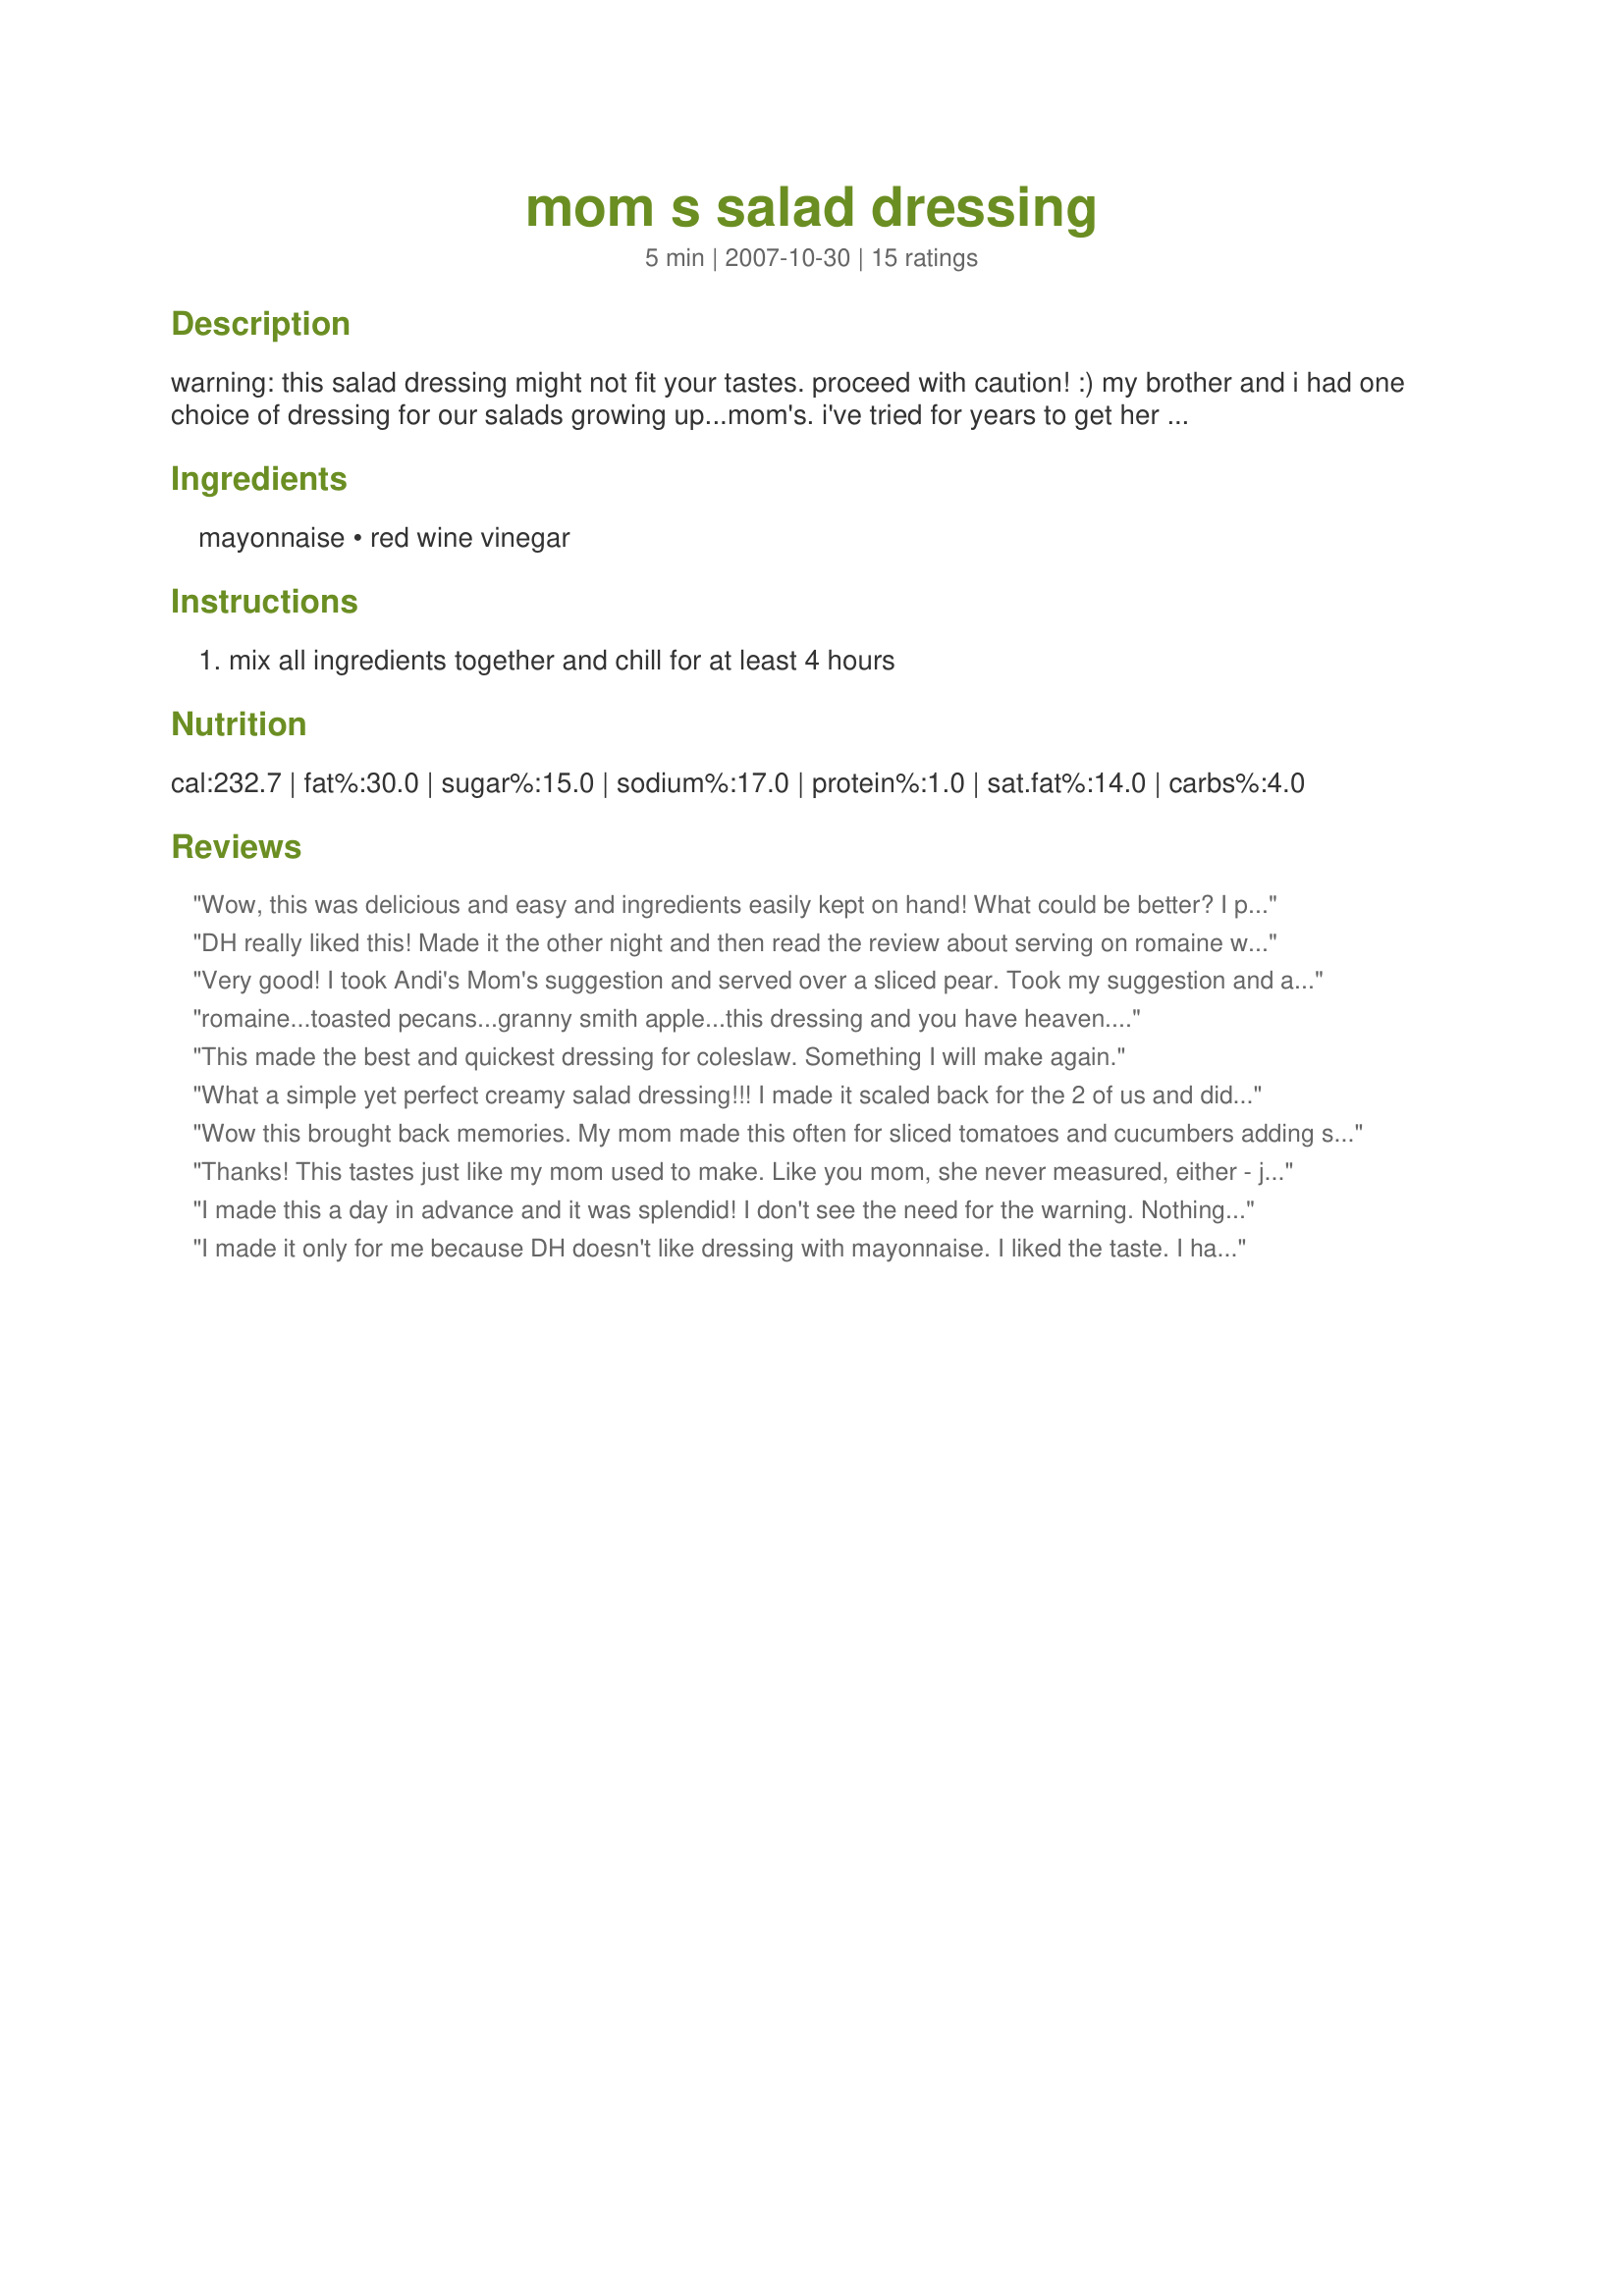
mom s salad dressing
Preparation time: 5 minutes

warning: this salad dressing might not fit your tastes. proceed with caution! :)

my brother and i had one choice of dressing for our salads growing up...mom's. i've tried for years to get her to give up the recipe but all she would say is "sissy, i don't measure. you have to make this one from your memories."

this is my attempt to create the dressing i grew up with and loved! it's not for everyone but it sure is a hit in our family. (my brother pretty much refuses to eat any salad without it.)

thanks mom!

Ingredients:
mayonnaise, red wine vinegar

Steps:
mix all ingredients together and chill for at least 4 hours

Reviews:
Wow, this was delicious and easy and ingredients easily kept on hand! What could be better? I prepared 1/2 of the recipe and served it over a spinach salad and it was wonderful. I also used Hellmann's brand of mayo. I will definitely try the serving suggestions made by the other viewers. I am just begining to try homemade dressings instead of store bought and just love the freshness of homemade! Thanks Rickoholic83!
DH really liked this! Made it the other night and then read the review about serving on romaine with toasted pecans and granny smith apple and though that sounded delicious. Well long story short DH used as a veggie dip with out saying anything. So first I had dressing and no salad, then I had salad and no dressing LOL. Anyway DH said it was very good and next time I should make a full recipe instead of a partial. Thanks so much for the post.
Very good! I took Andi's Mom's suggestion and served over a sliced pear. Took my suggestion and added crumbled Bleu Cheese...even better.
I liked this dressing!
romaine...toasted pecans...granny smith apple...this dressing and you have heaven....
This made the best and quickest dressing for coleslaw. Something I will make again.
What a simple yet perfect creamy salad dressing!!! I made it scaled back for the 2 of us and did add some salt, pepper and garlic salt, just delish! I served mine over a tossed salad that was a side for our steak dinner. I am not sure that it made it the full 4 hours of chill time, but it didn't matter as it was so tasty with the amount of time I had it in the fridge. This will be another dressing I will use instead of my normal vinegar/oil homemade dressing. Thanks for sharing a keeper. Made for PRMR Tag Game.
Wow this brought back memories. My mom made this often for sliced tomatoes and cucumbers adding salt and pepper and it was the greatest. We had some fresh room temperature tomatoes from the garden, and this was a great afternoon treat. Thanks for the walk down memory lane! :)
Thanks! This tastes just like my mom used to make. Like you mom, she never measured, either - just added vinegar until the consistency looked right to her.
I made this a day in advance and it was splendid! I don't see the need for the warning. Nothing is to everyone's tastes. This is a really excellent dressing. Good ingredients are essential; if you have them, you'll have something delightful! Thanks for posting!
I made it only for me because DH doesn't like dressing with mayonnaise. I liked the taste. I had it with a mix of romaine lettuce. I liked the tangyness of the red wine vinegar mixed with the mayo. Thanks rickoholic :) Made for PAC Fall 2012
You are right, this isn't for everyone's taste, but if you prefer a tangy salad dressing this is for you! Remember that episode of I Love Lucy where Lucy and Ethel decide to get rich making Aunt Martha's salad dressing? I'll bet this was the salad dressing!

I used it on Recipe #233979. Just use this dressing rather than the one in that recipe.
This is a wonderful easy dressing. My mom used to make a similar dressing with white vinegar... the red wine vigegar is much more subtle, it had a very balanced flavor. I also added a pinch of salt! Thanks for the easy recipe - made for 1-2-3 hit wonders!
So easy and really tasty! I used on romaine lettuce and the simplicity was very satisfying! Thanks! Made for PRMR.
I am sorry, but the warning should be taken off. As soon as I saw this recipe I knew it was what I have been missing for years. There are many memories hooked to this treasure, and I never realized this was what made my mother's salad so delicious, and has made salad one of my most favorite all time foods. My mother also used this as a dressing for a little pear salad, a pear half, resting comfortably on a crisp lettuce leaf with a dollop of this dressing right in the middle of the pear. Oh yummy! Perhaps there are those folks that would use light mayo or reduce or add vinegar, maybe adding this or that or whatever, but really this recipe is just perfect the way it is. I used "Hellmans" (On East Coast Best is called this) and followed this precisely, (only added chives to the top for the picture). Didn't change a thing, except ours was eaten in less the 4 hours because we were greedy. Thanks rickoholic83 for posting this recipe of wonderfulness.
SPRING PAC 2009: WOW - simple and delicious! I love it! The tang that the red wine vinegar gives it - yum!
